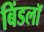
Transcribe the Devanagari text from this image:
बिंडलॉ